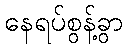
နေရပ်စွန့်ခွာ